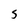
Character: s